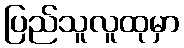
ပြည်သူလူထုမှာ